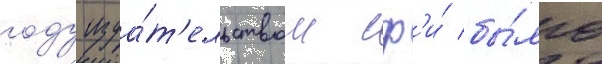
году изда́т'ельством сф'и́ бы́ло